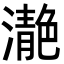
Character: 濪